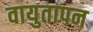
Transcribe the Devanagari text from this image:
वायुतापन